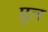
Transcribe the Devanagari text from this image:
प्रूल